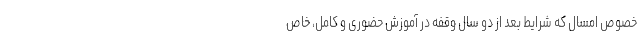
خصوص امسال که شرایط بعد از دو سال وقفه در آموزش حضوری و کامل، خاص